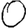
Digit: 0